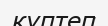
күптеп